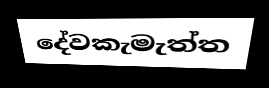
දේවකැමැත්ත